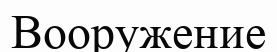
Вооружение